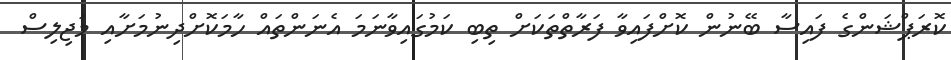
ކޮރަޕްޝަންގެ ފައިސާ ބޭނުން ކޮށްފައިވާ ފަރާތްތަކަށް ތިބި ކަމުގައިވާނަމަ އެނަންތައް ހާމަކޮށްދިނުމަށާއި މަޖިލިސް